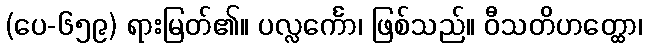
(ပေ-၆၅၉) ရားမြတ်၏။ ပလ္လင်္ကော၊ ဖြစ်သည်။ ဝီသတိဟတ္ထော၊